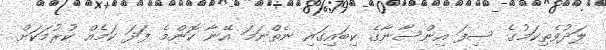
ލަދުވެތިކަމުގެ ސިފަ އިންސާނާގެ ކިބައިގައި ނެތްނަމަ އޭނާ ކޮންމެ ފަދަ ކަމެއް ކުރުމަކަށް